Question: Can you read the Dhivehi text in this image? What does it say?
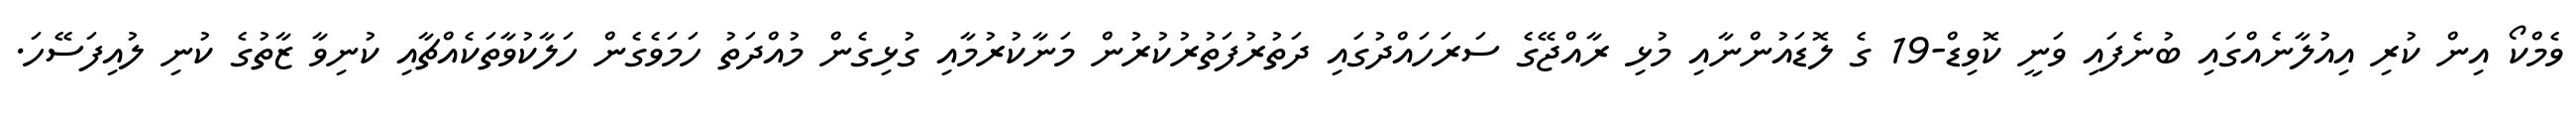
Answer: ވެމްކޯ އިން ކުރި އިއުލާނެއްގައި ބުނެފައި ވަނީ ކޮވިޑް-19 ގެ ލޮޑައުންނާއި މުޅި ރާއްޖޭގެ ސަރަހައްދުގައި ދަތުރުފަތުރުކުރުން މަނާކުރުމާއި ގުޅިގެން މުއްދަތު ހަމަވެގެން ހަލާކުވާތަކެއްޗާއި ކުނިވާ ޒާތުގެ ކުނި ލުއިފަސޭހަ.